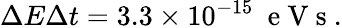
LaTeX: \Delta E\Delta t=3.3\times 10^{-15}\ \mathrm{~e~V~s~}.